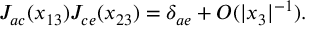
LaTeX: J _ { a c } ( x _ { 1 3 } ) J _ { c e } ( x _ { 2 3 } ) = \delta _ { a e } + O ( | x _ { 3 } | ^ { - 1 } ) .